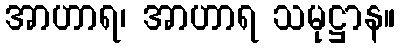
အာဟာရ၊ အာဟာရ သမုဋ္ဌာန။